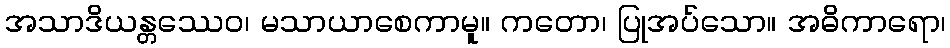
အသာဒိယန္တဿေဝ၊ မသာယာစေကာမူ။ ကတော၊ ပြုအပ်သော။ အဓိကာရော၊